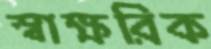
স্বাক্ষরিক